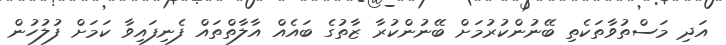
އަދި މަސްތުވާތަކެތި ބޭނުންކުރުމަށް ބޭނުންކުރާ ޒާތުގެ ބައެއް އާލާތްތައް ފެނިފައިވާ ކަމަށް ފުލުހުން